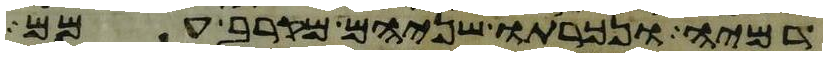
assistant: דמיה ונכרתו שניהם מקרב עמם